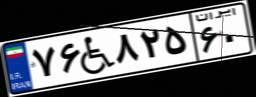
۷۶W۸۲۵۶۰